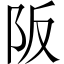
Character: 阪